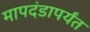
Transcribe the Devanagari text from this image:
मापदंडापर्यंत